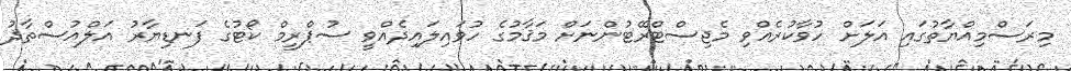
މިރަސްމިއްޔާތުގައި އަލަށް ހުވާކުރެއްވި މެޖިސްޓްރޭޓުންނަށް މަޤާމުގެ ހުވައިލައިދެއްވީ ސުޕްރީމް ކޯޓުގެ ފަނޑިޔާރު އަލްއުސްތާޛު